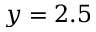
y = 2 . 5